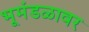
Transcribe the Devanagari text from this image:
भूमंडळावर